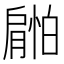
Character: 𰯜